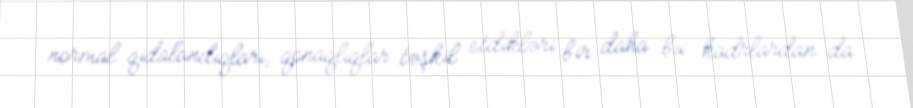
normal qidalandıqları, qonaqlıqlar təşkil etdikləri bir daha bu kadrlardan da